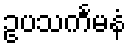
ဥပသင်္ကမနံ